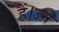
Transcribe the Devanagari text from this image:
हैं।उन